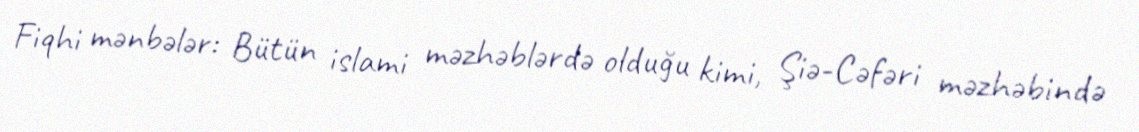
Fiqhi mənbələr: Bütün islami məzhəblərdə olduğu kimi, Şiə-Cəfəri məzhəbində